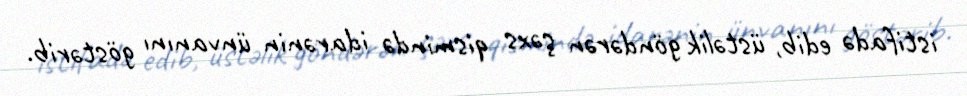
istifadə edib, üstəlik göndərən şəxs qismində idarənin ünvanını göstərib.